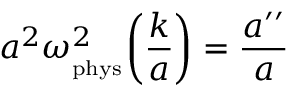
a ^ { 2 } \omega _ { _ \mathrm { p h y s } } ^ { 2 } \biggl ( \frac { k } { a } \biggr ) = \frac { a ^ { \prime \prime } } { a }